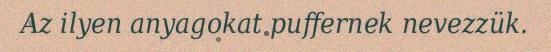
Az ilyen anyagokat puffernek nevezzük.